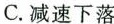
C.减速下落